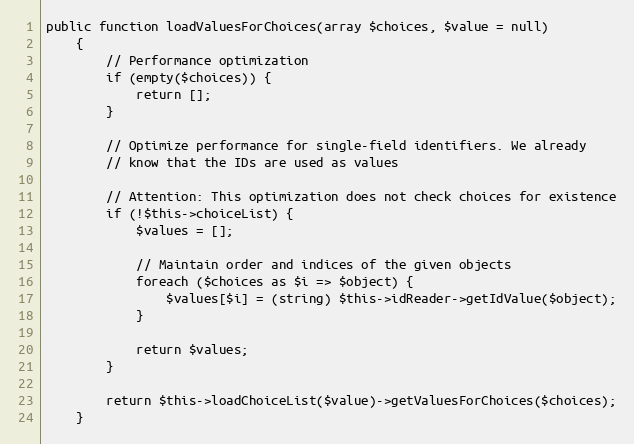
Language: PHP
public function loadValuesForChoices(array $choices, $value = null)
    {
        // Performance optimization
        if (empty($choices)) {
            return [];
        }

        // Optimize performance for single-field identifiers. We already
        // know that the IDs are used as values

        // Attention: This optimization does not check choices for existence
        if (!$this->choiceList) {
            $values = [];

            // Maintain order and indices of the given objects
            foreach ($choices as $i => $object) {
                $values[$i] = (string) $this->idReader->getIdValue($object);
            }

            return $values;
        }

        return $this->loadChoiceList($value)->getValuesForChoices($choices);
    }